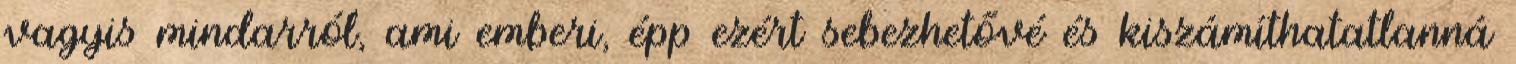
vagyis mindarról, ami emberi, épp ezért sebezhetővé és kiszámíthatatlanná